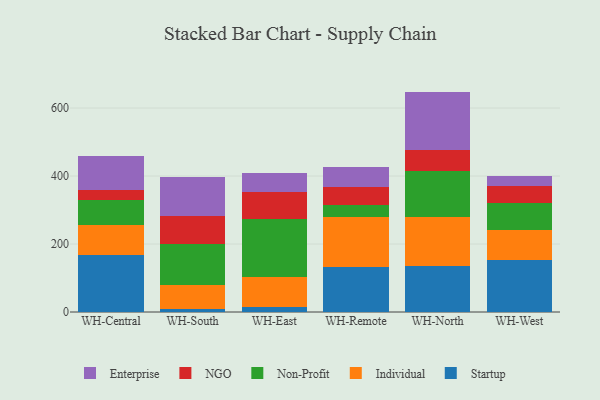
{"axis": {"x": "Warehouse", "y": "Humidity (%)"}, "legend": ["Enterprise", "Individual", "NGO", "Non-Profit", "Startup"], "data": [{"x": "WH-Central", "y": 167.5, "type": "Startup"}, {"x": "WH-Central", "y": 89.4, "type": "Individual"}, {"x": "WH-Central", "y": 73.4, "type": "Non-Profit"}, {"x": "WH-Central", "y": 30.1, "type": "NGO"}, {"x": "WH-Central", "y": 99.2, "type": "Enterprise"}, {"x": "WH-South", "y": 9.1, "type": "Startup"}, {"x": "WH-South", "y": 71.3, "type": "Individual"}, {"x": "WH-South", "y": 119.8, "type": "Non-Profit"}, {"x": "WH-South", "y": 83.6, "type": "NGO"}, {"x": "WH-South", "y": 112.0, "type": "Enterprise"}, {"x": "WH-East", "y": 13.8, "type": "Startup"}, {"x": "WH-East", "y": 88.3, "type": "Individual"}, {"x": "WH-East", "y": 171.8, "type": "Non-Profit"}, {"x": "WH-East", "y": 78.8, "type": "NGO"}, {"x": "WH-East", "y": 56.2, "type": "Enterprise"}, {"x": "WH-Remote", "y": 133.0, "type": "Startup"}, {"x": "WH-Remote", "y": 146.1, "type": "Individual"}, {"x": "WH-Remote", "y": 36.1, "type": "Non-Profit"}, {"x": "WH-Remote", "y": 53.9, "type": "NGO"}, {"x": "WH-Remote", "y": 58.8, "type": "Enterprise"}, {"x": "WH-North", "y": 135.4, "type": "Startup"}, {"x": "WH-North", "y": 143.3, "type": "Individual"}, {"x": "WH-North", "y": 135.1, "type": "Non-Profit"}, {"x": "WH-North", "y": 62.5, "type": "NGO"}, {"x": "WH-North", "y": 172.1, "type": "Enterprise"}, {"x": "WH-West", "y": 153.1, "type": "Startup"}, {"x": "WH-West", "y": 86.9, "type": "Individual"}, {"x": "WH-West", "y": 80.7, "type": "Non-Profit"}, {"x": "WH-West", "y": 49.9, "type": "NGO"}, {"x": "WH-West", "y": 28.8, "type": "Enterprise"}]}